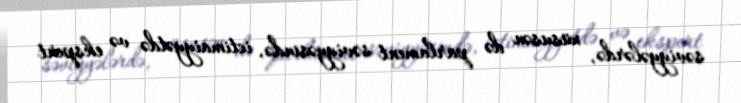
səviyyələrdə, xüsusən də parlament səviyyəsində, ictimaiyyətdə və ekspert